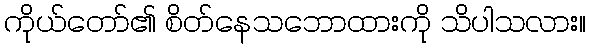
ကိုယ်တော်၏ စိတ်နေသဘောထားကို သိပါသလား။